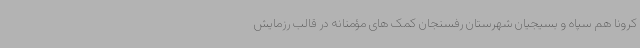
کرونا هم سپاه و بسیجیان شهرستان رفسنجان کمک های مؤمنانه در قالب رزمایش